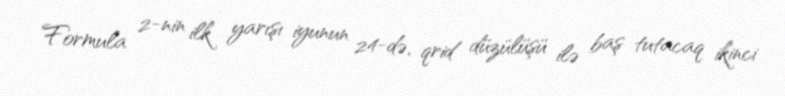
Formula 2-nin ilk yarışı iyunun 24-də, qrid düzülüşü ilə baş tutacaq ikinci